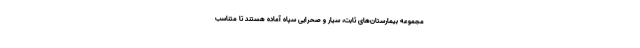
مجموعه بیمارستان‌های ثابت، سیار و صحرایی سپاه آماده هستند تا متناسب